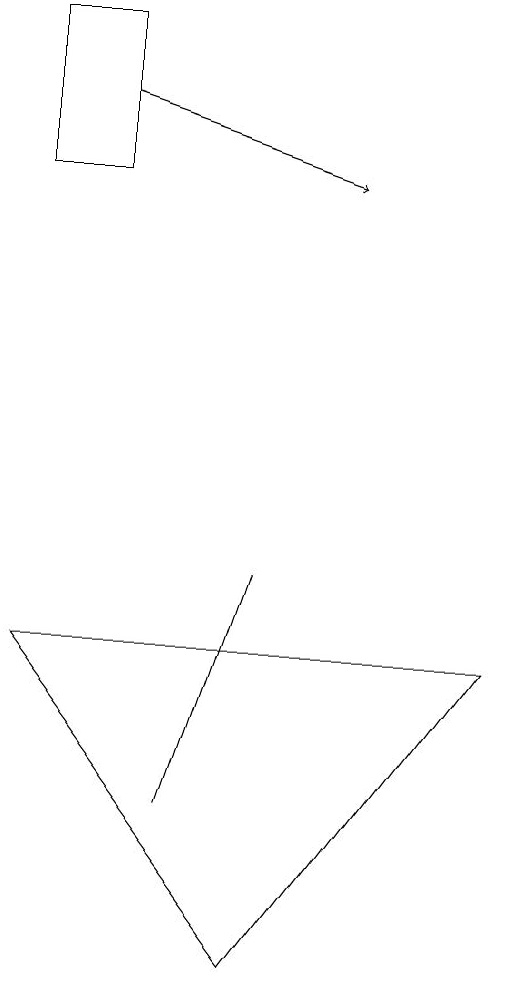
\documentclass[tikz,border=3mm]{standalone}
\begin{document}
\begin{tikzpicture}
\draw (7,7) -- (1,7) -- (4,3) -- cycle;
\draw (2,15) rectangle (1,13);
\draw[->] (2,14) -- (5,13);
\draw (3,5) -- (3,5) -- (4,8) -- cycle;
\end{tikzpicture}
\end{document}